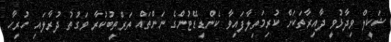
ޝަކީލް ވިދާޅުވީ ދާއިރާތަކަށް ކުރިމަތިލާފައިވާ ކެންޑިޑޭޓުންގެ ނަންތައް ތަރްތީބުކުރާ ވަގުތު ދުރާލައި ހުރިހާ